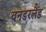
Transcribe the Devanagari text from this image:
वनडरलैंड